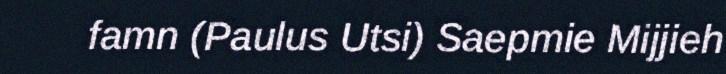
famn (Paulus Utsi) Saepmie Mijjieh